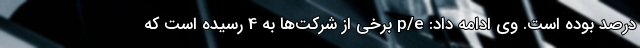
درصد بوده است. وی ادامه داد: p/e برخی از شرکت‌ها به 4 رسیده است که